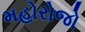
મહોરોજો